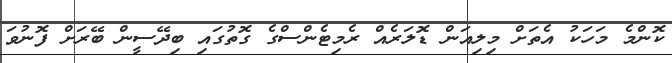
ކޮންމެ މަހަކު އެތަށް މިލިއަން ޑޮލަރެއް ރެމިޓެންސްގެ ގޮތުގައި ބިދޭސީން ބޭރަށް ފޮނުވަ